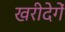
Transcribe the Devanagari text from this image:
खरीदेगें